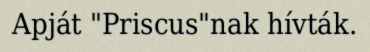
Apját "Priscus"nak hívták.